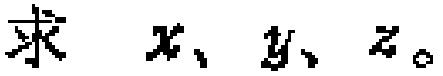
求 \(x、y、z\)。